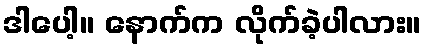
ဒါပေါ့။ နောက်က လိုက်ခဲ့ပါလား။